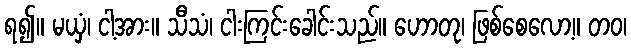
ရ၍။ မယှံ၊ ငါ့အား။ သီသံ၊ ငါးကြင်းခေါင်းသည်။ ဟောတု၊ ဖြစ်စေလော့။ တဝ၊